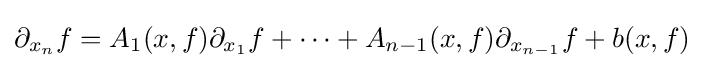
\partial _{x_{n}}f=A_{1}(x,f)\partial _{x_{1}}f+\cdots +A_{n-1}(x,f)\partial _{x_{n-1}}f+b(x,f)